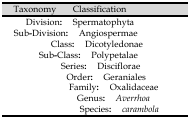
<table><thead><tr><td><b>Taxonomy</b></td><td><b>Classification</b></td></tr></thead><tbody><tr><td>Division:</td><td>Spermatophyta</td></tr><tr><td>Sub-Division:</td><td>Angiospermae</td></tr><tr><td>Class:</td><td>Dicotyledonae</td></tr><tr><td>Sub-Class:</td><td>Polypetalae</td></tr><tr><td>Series:</td><td>Disciflorae</td></tr><tr><td>Order:</td><td>Geraniales</td></tr><tr><td>Family:</td><td>Oxalidaceae</td></tr><tr><td>Genus:</td><td>Averrhoa</td></tr><tr><td>Species:</td><td>carambola</td></tr></tbody></table>